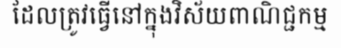
ដែលត្រូវធ្វើនៅក្នុងវិស័យពាណិជ្ជកម្ម